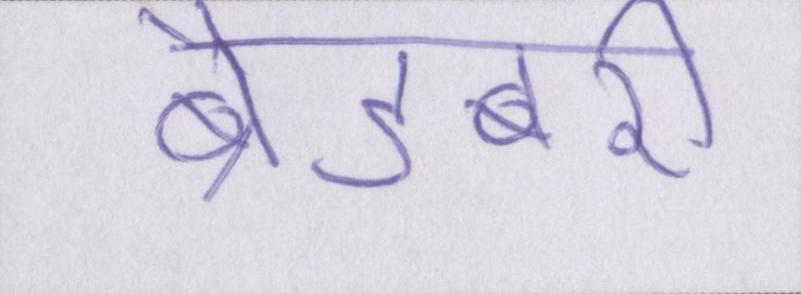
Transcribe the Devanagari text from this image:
ब्रैडबरी